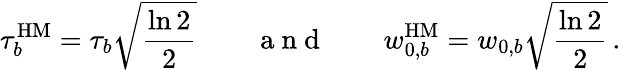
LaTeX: \tau_{b}^{\mathrm{HM}}=\tau_{b}\sqrt{\frac{\ln 2}{2}}\qquad\mathrm{~a~n~d~}\qquad w_{0,b}^{\mathrm{HM}}=w_{0,b}\sqrt{\frac{\ln 2}{2}}\, .